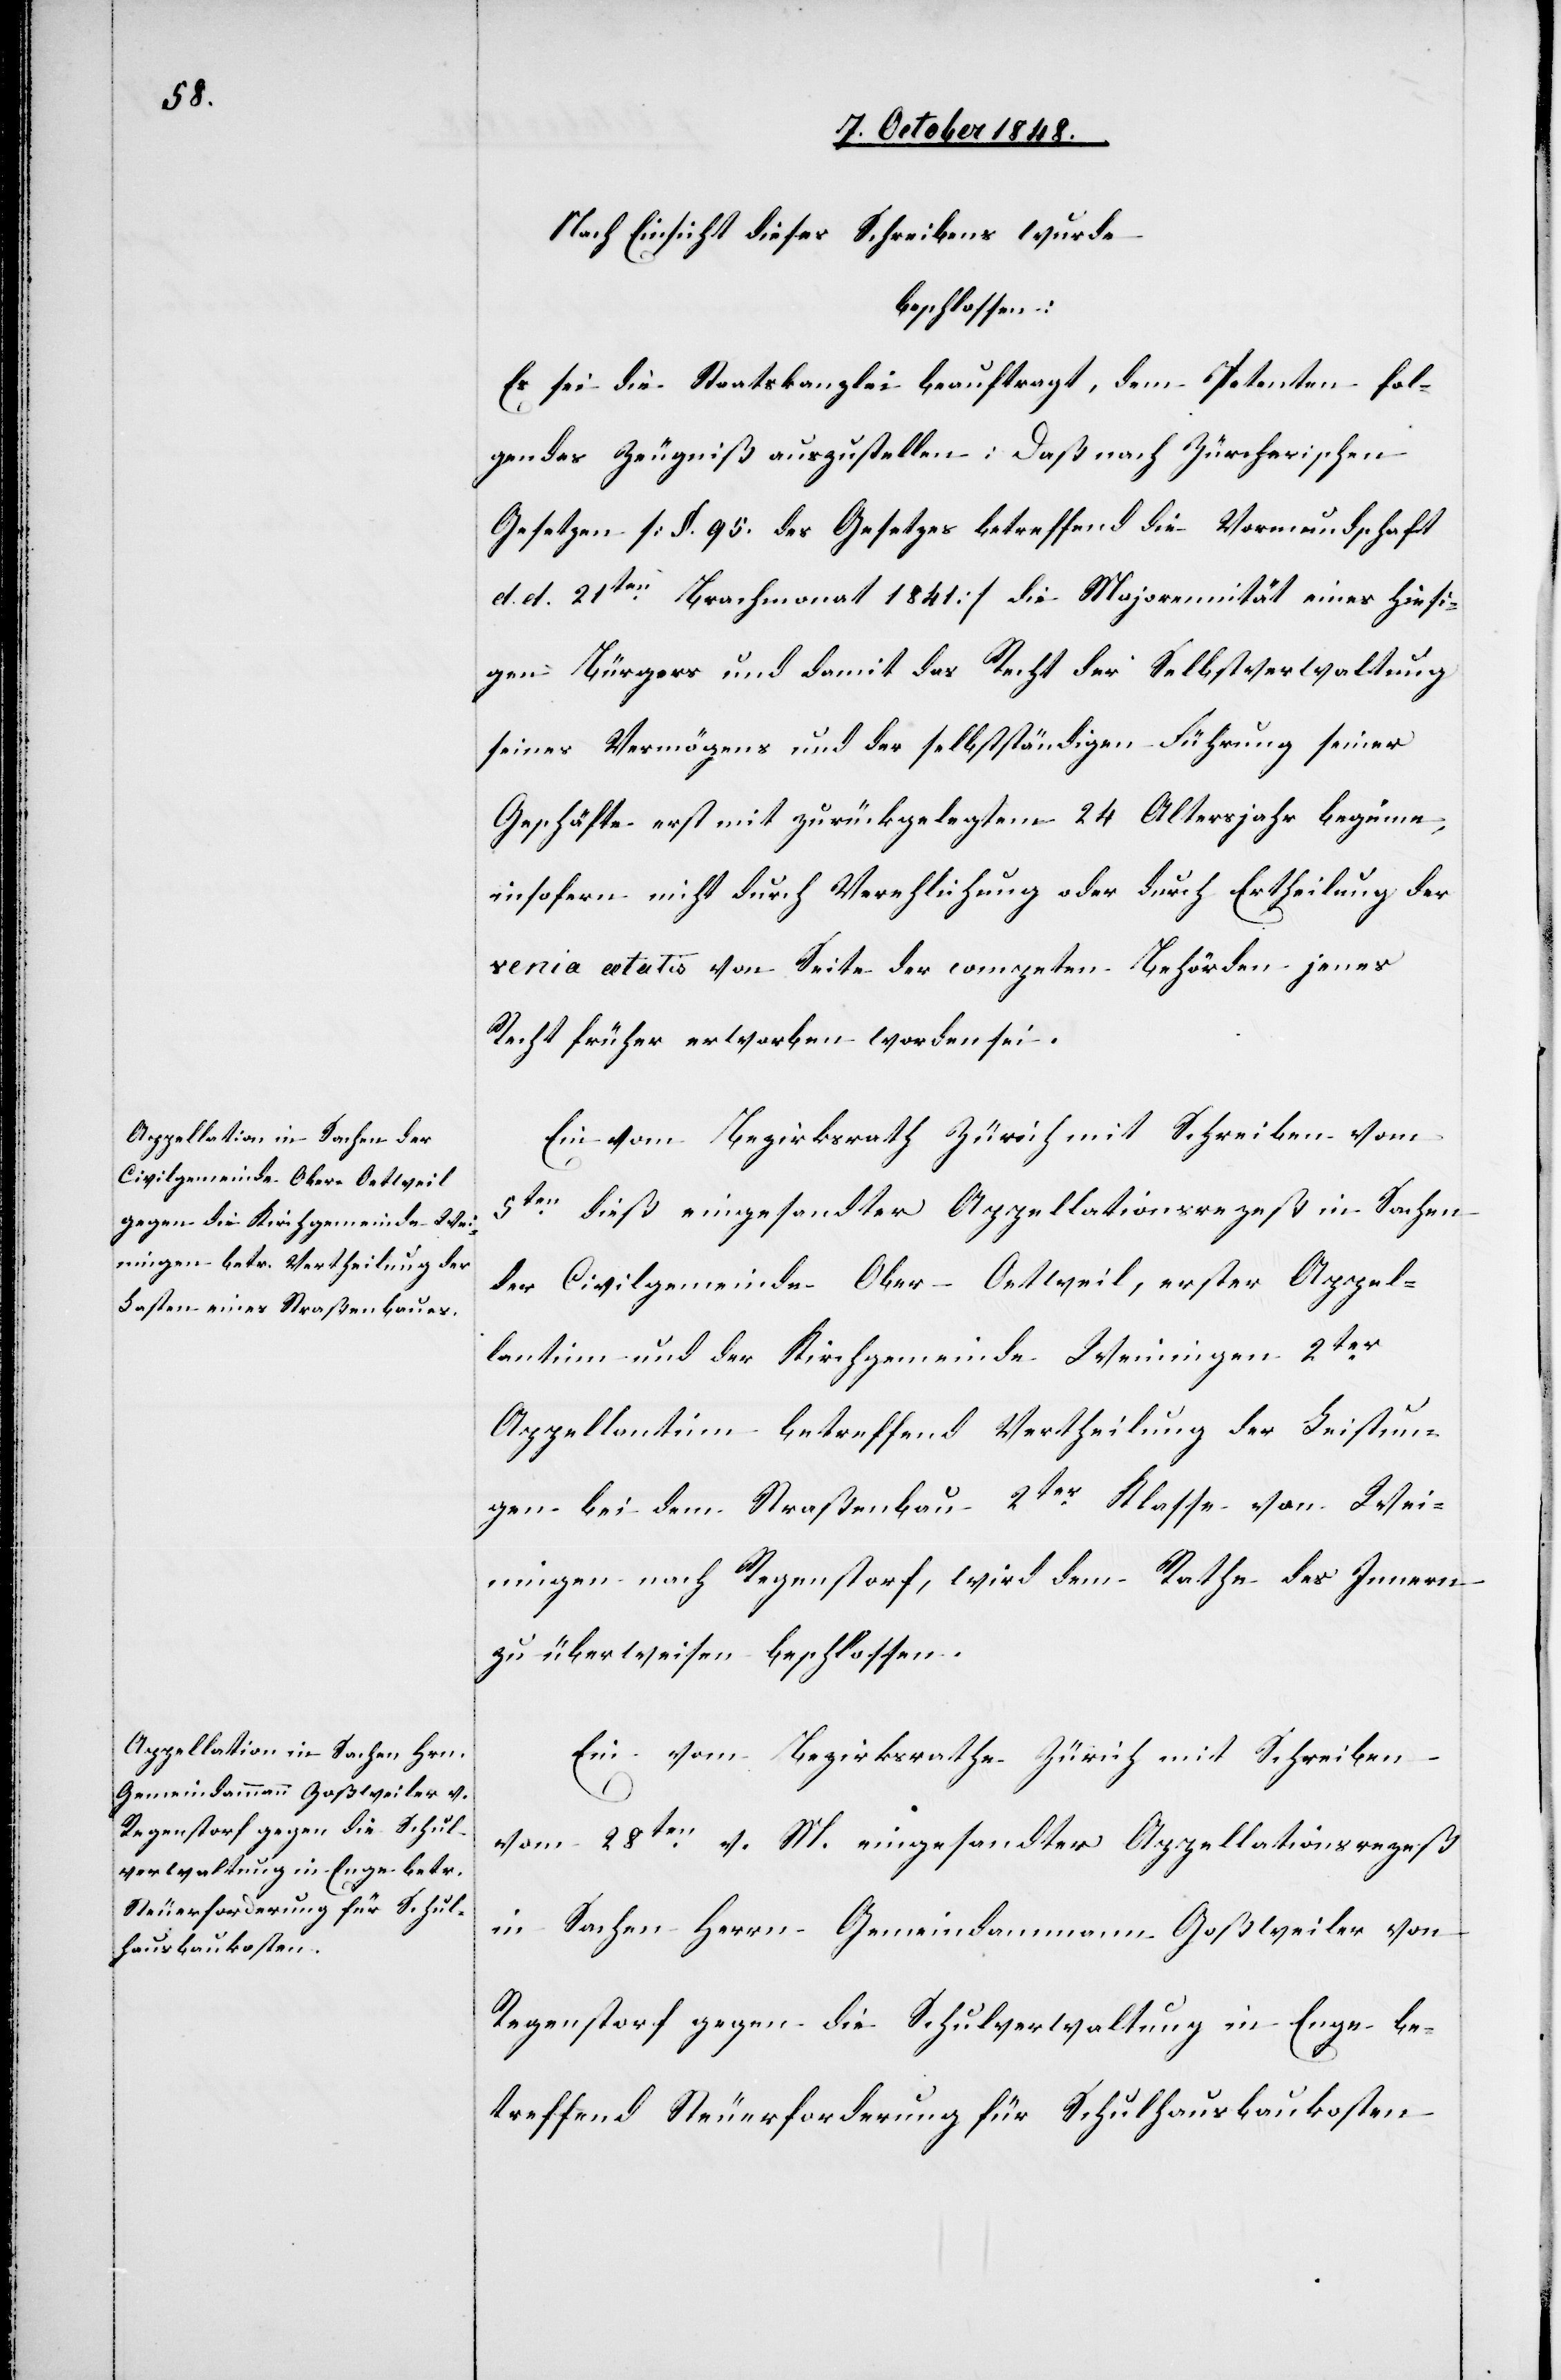
9t October 1848.]
Nach Einsicht dieses Schreibens wurde
beschlossen:
Es sei die Staatskanzlei beauftragt, dem Petenten fol¬
gendes Zeugniß auszustellen: Daß nach Zürcherischen
Gesetzen [§. 95. des Gesetzes betreffend die Vormundschaft
d. d. 21ten Brachmonat 1841.] die Majorennität eines hiesi¬
gen Bürgers und damit das Recht der Selbstverwaltung
seines Vermögens mit der selbstständigen Führung seiner
Geschäfte erst mit zurückgelegtem 24. Altersjahr beginne,
insofern nicht durch Verehlichung oder durch Ertheilung der
venia aetatio von Seite der competenten Behörden jenes
Recht früher erworben worden sei.
Ein vom Bezirksrath Zürich mit Schreiben vom
5ten dieß eingesandter Appellationsrezeß in Sachen
der Civilgemeinde Ober-Oetweil, erster Appel¬
lantinn und der Kirchgemeinde Weiningen 2ter
Appellantinn betreffend Vertheilung der Leistun¬
gen bei dem Straßenbau 2ter Klasse von Wei¬
ningen nach Regenstorf, wird dem Rathe des Innern
zu überweisen beschlossen.
Ein vom Bezirksrathe Zürich mit Schreiben
vom 28ten v. M. eingesandter Appellationsrezeß
in Sachen Herrn Gemeindammann Goßweiler von
Regenstorf gegen die Schulverwaltung in Enge be¬
treffend Steuerforderung für Schulhausbaukosten